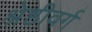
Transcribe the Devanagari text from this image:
श्रेष्ठीवर्ग